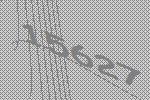
15627